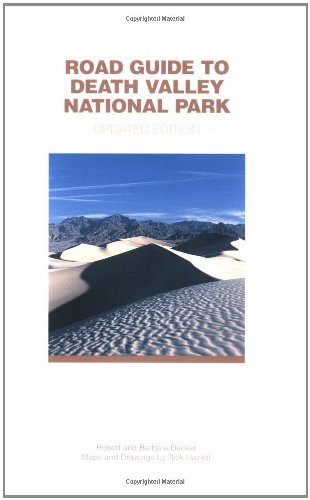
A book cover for Road Guide to Death Valley National Park, Updated Edition; Robert Decker; Travel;